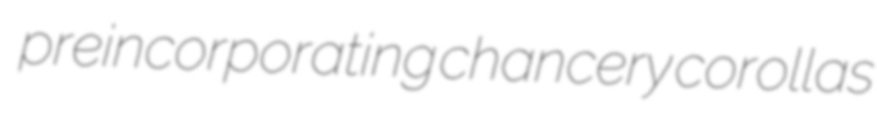
preincorporating chancery corollas